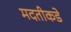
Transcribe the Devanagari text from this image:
मदतीकडे